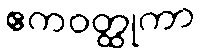
ဧကဝတ္ထုကာ